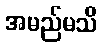
အမည်မသိ